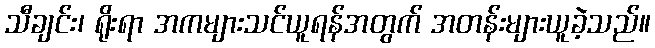
သီချင်း၊ ရိုးရာ အကများသင်ယူရန်အတွက် အတန်းများယူခဲ့သည်။